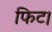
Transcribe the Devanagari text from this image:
फिट।